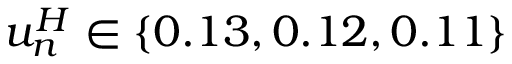
u _ { n } ^ { H } \in \{ 0 . 1 3 , 0 . 1 2 , 0 . 1 1 \}